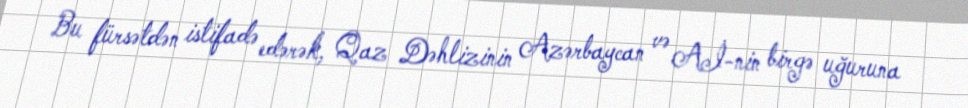
Bu fürsətdən istifadə edərək, Qaz Dəhlizinin Azərbaycan və Aİ-nin birgə uğuruna